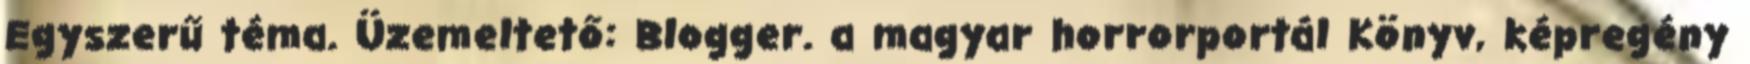
Egyszerű téma. Üzemeltető: Blogger. a magyar horrorportál Könyv, képregény